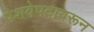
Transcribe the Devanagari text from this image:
पेशवेपदावरून